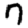
Digit: 7